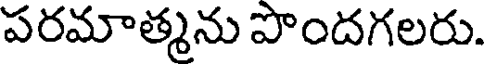
పరమాత్మను పొందగలరు.